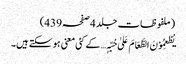
(ملفوظات جلد 4صفحہ439)
یُطْعِمُوْنَ الطَّعَامَ عَلیٰ حُبِّہٖ… کے کئی معنی ہو سکتے ہیں۔